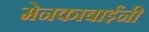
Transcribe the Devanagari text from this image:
मेनकाबाईंनी